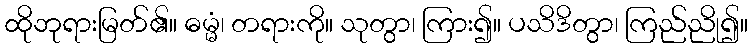
ထိုဘုရားမြတ်၏။ ဓမ္မံ၊ တရားကို။ သုတွာ၊ ကြား၍။ ပသိဒိတွာ၊ ကြည်ညို၍။